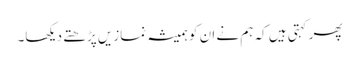
پھر کہتی ہیں کہ ہم نے ان کو ہمیشہ نمازیں پڑھتے دیکھا۔